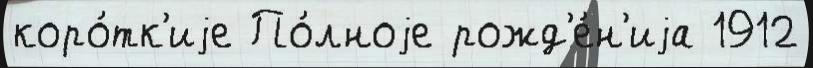
коро́тк'иjе По́лноjе рожд'е́н'иjа 1912